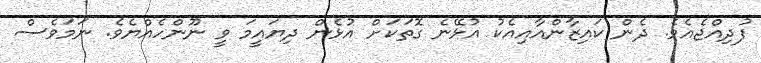
ފުދިއްޖެއެވެ. ދެން ކައިޒާންއާއިއެކު އުޅޭނެ ގޮތަކަށް އުޅެން ދިޔައީމަ ވީ ނޫންހެއްޔެވެ. ނަމަވެސް